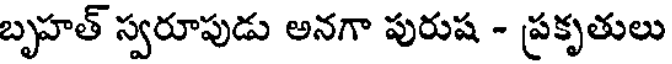
బృహత్ స్వరూపుడు అనగా పురుష - ప్రకృతులు